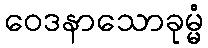
ဝေဒနာသောခုမ္မံ